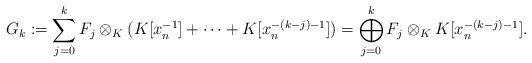
LaTeX: \begin{align*}G_k := \sum_{j=0}^k F_j\otimes_K (K[x_n^{-1}] + \cdots + K[x_n^{-(k-j)-1}])= \bigoplus_{j=0}^k F_j \otimes_K K[x_n^{-(k-j)-1}]. \end{align*}